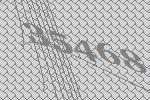
35468